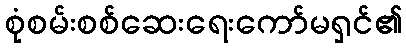
စုံစမ်းစစ်ဆေးရေးကော်မရှင်၏